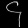
Digit: ၄